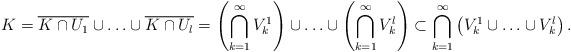
LaTeX: \begin{align*}K= \overline{K\cap U_{1}} \cup \ldots \cup \overline{K\cap U_l}= \left( \bigcap_{k=1}^{\infty} V^1_{k} \right) \cup \ldots \cup \left(\bigcap_{k=1}^{\infty} V^l_{k}\right)\subset \bigcap_{k=1}^{\infty} \left( V^1_{k} \cup \ldots \cup V^l_{k}\right).\end{align*}